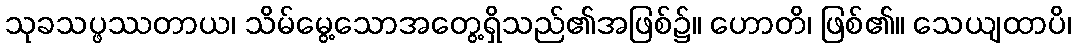
သုခသပ္ဖဿတာယ၊ သိမ်မွေ့သောအတွေ့ရှိသည်၏အဖြစ်၌။ ဟောတိ၊ ဖြစ်၏။ သေယျထာပိ၊